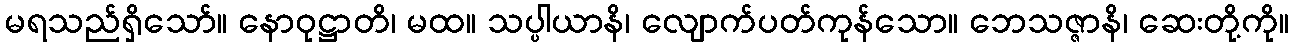
မရသည်ရှိသော်။ နောဝုဋ္ဌာတိ၊ မထ။ သပ္ပါယာနိ၊ လျောက်ပတ်ကုန်သော။ ဘေသဇ္ဇာနိ၊ ဆေးတို့ကို။